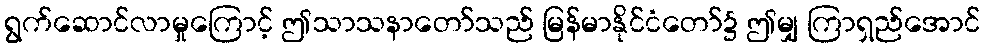
ရွက်ဆောင်လာမှုကြောင့် ဤသာသနာတော်သည် မြန်မာနိုင်ငံတော်၌ ဤမျှ ကြာရှည်အောင်